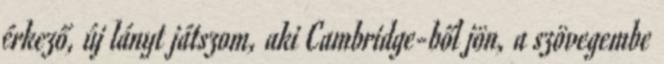
érkező, új lányt játszom, aki Cambridge-ből jön, a szövegembe